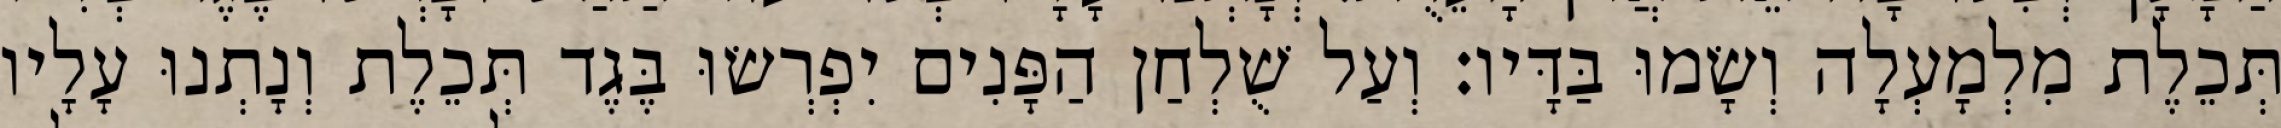
תְּכֵלֶת מִלְמָעְלָה וְשָׂמוּ בַּדָּיו׃ וְעַל שֻׁלְחַן הַפָּנִים יִפְרְשׂוּ בֶּגֶד תְּכֵלֶת וְנָתְנוּ עָלָיו